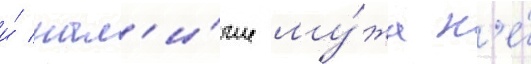
и́ нал'и́чие му́жа н'е́